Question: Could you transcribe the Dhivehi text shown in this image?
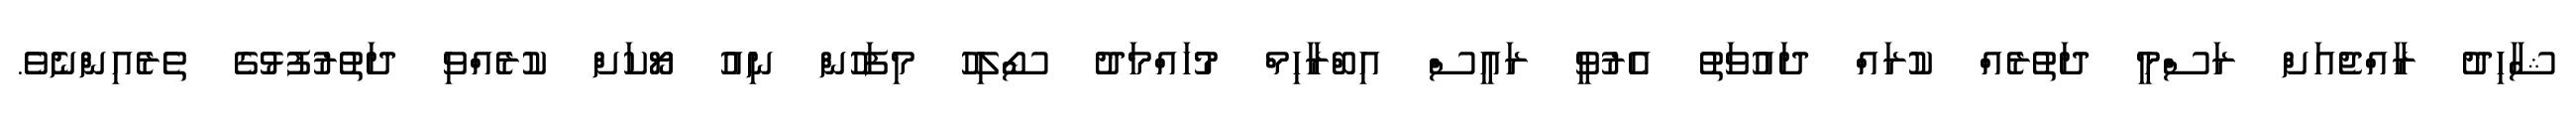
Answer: ޝާހިދު ރާއްޖެއަށް ރަސްމީ ދަތުރެއް ކުރައް ދައުވަތު އެރުވީ ރައީސް އިބްރާހިމް މުހައްމަދު ސޯލިހު މިފަހުން ނިއު ޔޯކަށް ކުރެއްވި ދަތުރުފުޅުގެ ތެރެއިންނެވެ.